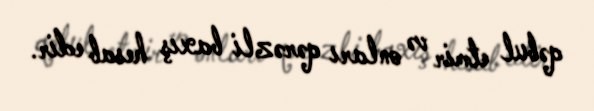
qəbul etmir və onları qərəzli baxış hesab edir.